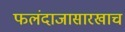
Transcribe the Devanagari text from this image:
फलंदाजासारखाच